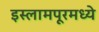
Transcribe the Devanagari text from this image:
इस्लामपूरमध्ये